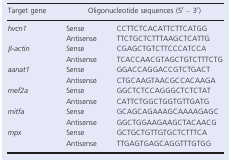
<table><thead><tr><td><b>Target gene</b></td><td colspan="2"><b>Oligonucleotide sequences (5′ – 3′)</b></td></tr></thead><tbody><tr><td><i>hvcn1</i></td><td>SenseAntisense</td><td>CCTTCTCACATTCTTCATGGTTCTGCTCTTTAAGCTCATTG</td></tr><tr><td><i>β‐actin</i></td><td>SenseAntisense</td><td>CGAGCTGTCTTCCCATCCATCACCAACGTAGCTGTCTTTCTG</td></tr><tr><td><i>aanat1</i></td><td>SenseAntisense</td><td>GGACCAGGACCGTCTGACTCTGCAAGTAACGCCACAAGA</td></tr><tr><td><i>mef2a</i></td><td>SenseAntisense</td><td>GGCTCTCCAGGGCTCTCTATCATTCTGGCTGGTGTTGATG</td></tr><tr><td><i>mitfa</i></td><td>SenseAntisense</td><td>GCAGCAGAAAGCAAAAGAGCGGCTGGAAGAAGCTACAACG</td></tr><tr><td><i>mpx</i></td><td>SenseAntisense</td><td>GCTGCTGTTGTGCTCTTTCATTGAGTGAGCAGGTTTGTGG</td></tr></tbody></table>